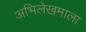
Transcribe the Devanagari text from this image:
अभिलेखमाला